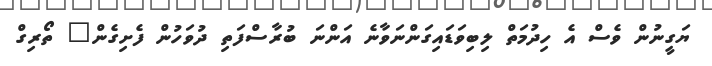
ޔަގީނުން ވެސް އެ ހިދުމަތް ލިބިވަޑައިގަންނަވާނެ އަންނަ ބުރާސްފަތި ދުވަހުން ފެށިގެން" ތޯރިގް